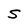
Character: S